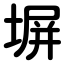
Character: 塀